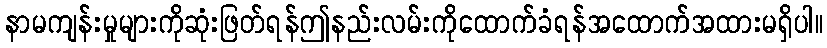
နာမကျန်းမှုများကိုဆုံးဖြတ်ရန်ဤနည်းလမ်းကိုထောက်ခံရန်အထောက်အထားမရှိပါ။